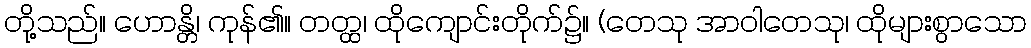
တို့သည်။ ဟောန္တိ၊ ကုန်၏။ တတ္ထ၊ ထိုကျောင်းတိုက်၌။ (တေသု အာဝါတေသု၊ ထိုများစွာသော